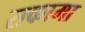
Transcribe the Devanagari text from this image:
सकामा